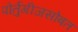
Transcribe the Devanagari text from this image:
पोर्तुगीजसोबत